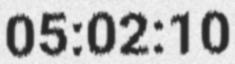
05:02:10